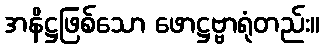
အနိဋ္ဌဖြစ်သော ဖောဋ္ဌဗ္ဗာရုံတည်း။